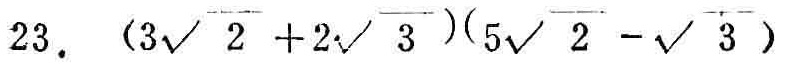
$23.\ (3\sqrt{2} + 2\sqrt{3})(5\sqrt{2} - \sqrt{3})$